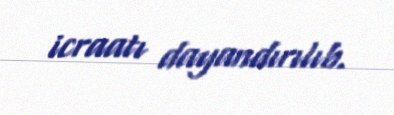
icraatı dayandırılıb.